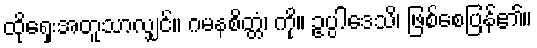
ထိုရှေးအတူသာလျှင်။ ဂမနစိတ္တံ၊ ကို။ ဥပ္ပါဒေသိ၊ ဖြစ်စေပြန်၏။